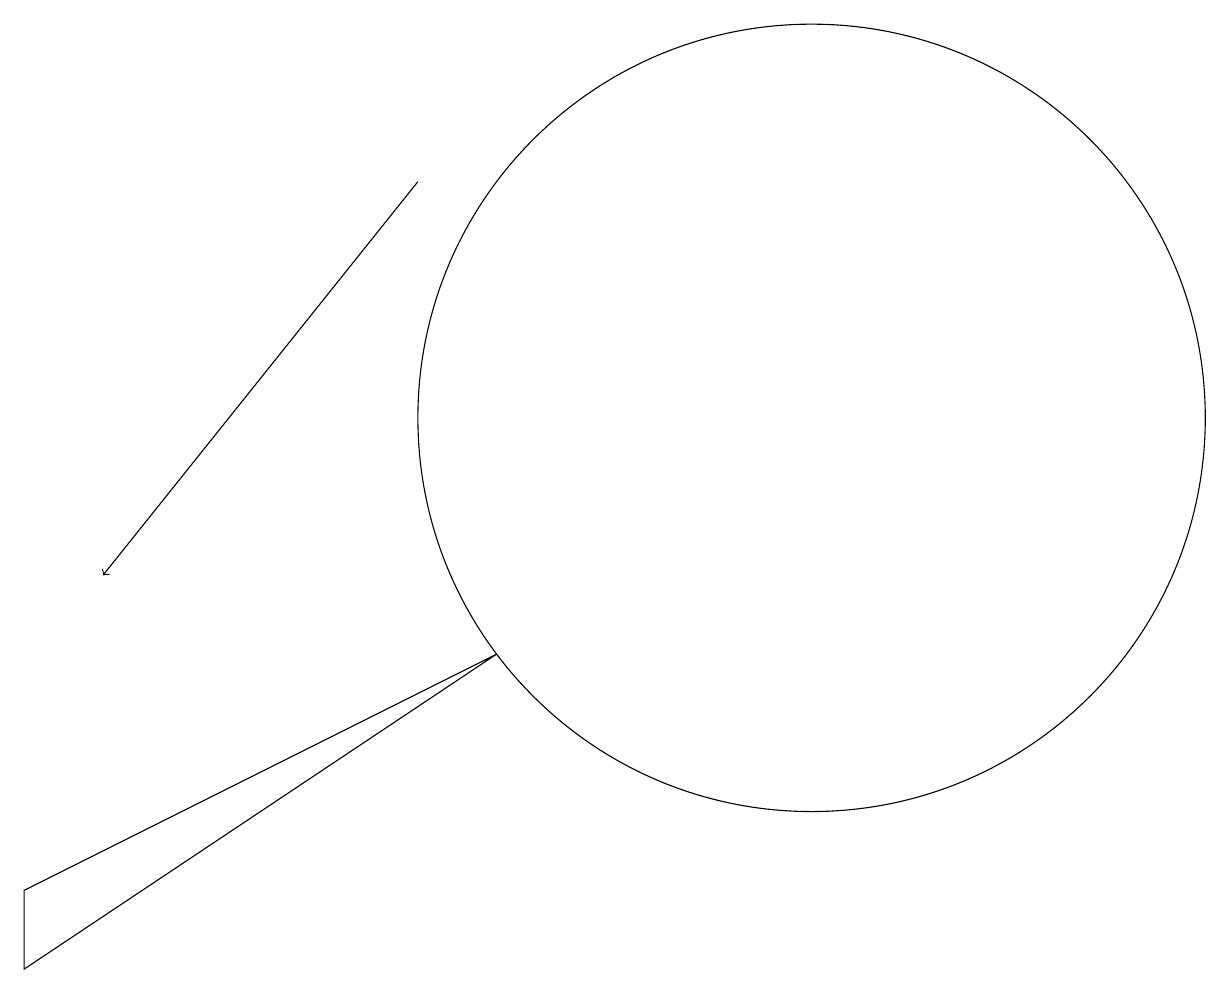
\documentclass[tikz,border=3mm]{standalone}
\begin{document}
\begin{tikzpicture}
\draw (7,9) -- (1,6) -- (1,5) -- cycle;
\draw[->] (6,15) -- (2,10);
\draw (11,12) circle (5);
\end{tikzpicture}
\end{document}